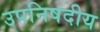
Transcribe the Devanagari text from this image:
उपनिषदीय